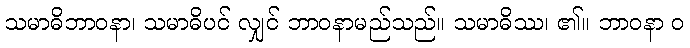
သမာဓိဘာဝနာ၊ သမာဓိပင် လျှင် ဘာဝနာမည်သည်။ သမာဓိဿ၊ ၏။ ဘာဝနာ ဝ